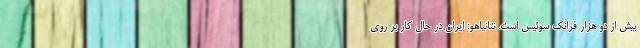
بیش از دو هزار فرانک سوئیس است. نتانیاهو: ایران در حال کار بر روی